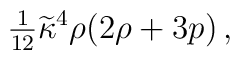
{\textstyle{1\over12}}\widetilde{\kappa}^4\rho(2\rho+3p)\,,